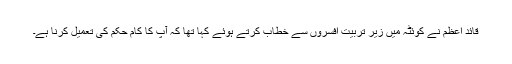
قائد اعظم نے کوئٹہ میں زیر تربیت افسروں سے خطاب کرتے ہوئے کہا تھا کہ آپ کا کام حکم کی تعمیل کرنا ہے۔